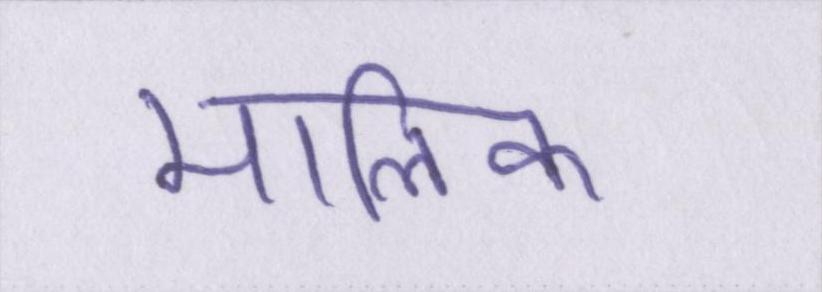
मालिक